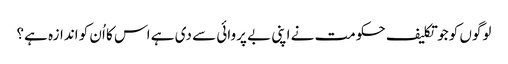
لوگوں کو جو تکلیف حکومت نے اپنی بے پروائی سے دی ہے اس کا اُن کو اندازہ ہے؟